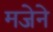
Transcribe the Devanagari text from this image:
मजेने